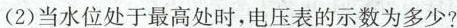
(2)当水位处于最高处时，电压表的示数为多少?